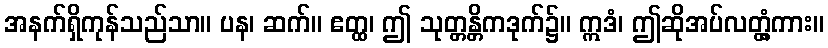
အနက်ရှိကုန်သည်သာ။ ပန၊ ဆက်။ ဧတ္ထ၊ ဤ သုတ္တန္တိကဒုက်၌။ ဣဒံ၊ ဤဆိုအပ်လတ္တံ့ကား။